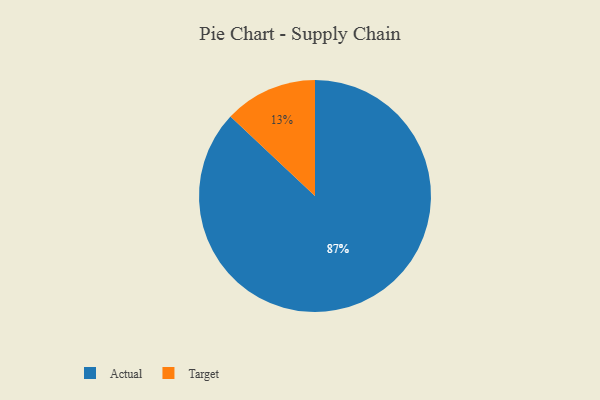
{"axis": {"x": "Category", "y": "Percentage"}, "legend": ["Actual", "Target"], "data": [{"x": "Actual", "y": 87, "type": "Actual"}, {"x": "Target", "y": 13, "type": "Target"}]}